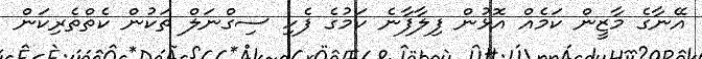
އޭނާގެ މާޒީން ކަމެއް އޮޅުން ފިލާފާނެ ކަމުގެ ފެހި ސިގްނަލް ތަކުން ކެތްތެރިކަން